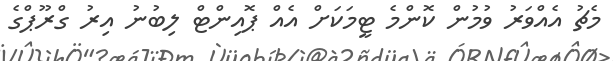
މެޗު އެއްވަރު ވުމުން ކޮންމެ ޓީމަކަށް އެއް ޕޮއިންޓް ލިބުނު އިރު ގްރޫޕްގެ